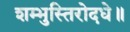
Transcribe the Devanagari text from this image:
शम्भुस्तिरोदधे॥